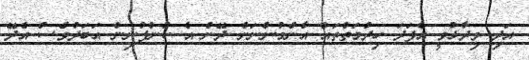
އަދި ވިދާޅުވީ އެފަދަ ހިދުމަތްތައް އާންމުންނަށް ދޭން އެ ކުންފުނިން އަބަދުވެސް އެދޭ